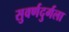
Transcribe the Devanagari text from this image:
सुवर्णदुर्गला